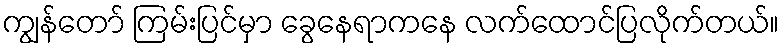
ကျွန်တော် ကြမ်းပြင်မှာ ခွေနေရာကနေ လက်ထောင်ပြလိုက်တယ်။